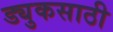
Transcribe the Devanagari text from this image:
ड्युकसाठी